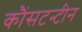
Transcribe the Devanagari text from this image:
कौंसटन्टीन